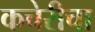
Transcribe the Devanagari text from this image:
कचेरीचा